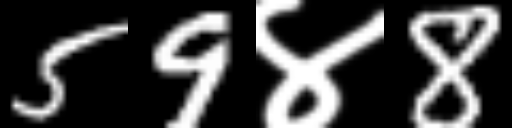
Text: 59४8